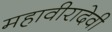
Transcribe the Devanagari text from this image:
महावीरादेवी